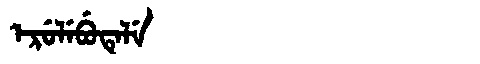
Manchu: ᡝᡵᡠᠯᡝᠪᡠᡨᡝᠯᡝ
Romanization: ERULEBUTELE